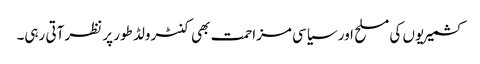
کشمیریوں کی مسلح اور سیاسی مزاحمت بھی کنٹرولڈ طور پر نظر آتی رہی۔